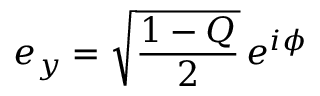
e _ { y } = { \sqrt { \frac { 1 - Q } { 2 } } } \, e ^ { i \phi }